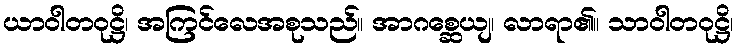
ယာဝါတဝုဋ္ဌိ၊ အကြင်လေအစုသည်။ အာဂစ္ဆေယျ၊ လာရာ၏။ သာဝါတဝုဋ္ဌိ၊